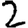
Digit: 2